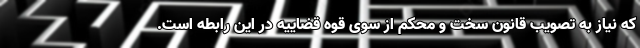
که نیاز به تصویب قانون سخت و محکم از سوی قوه قضاییه در این رابطه است.